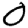
Digit: 0